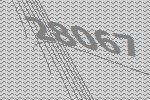
28067